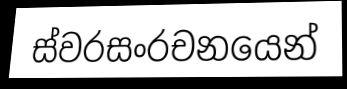
ස්වරසංරචනයෙන්